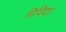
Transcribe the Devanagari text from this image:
निविदा।